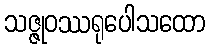
သဇ္ဇုဝဿရုပေါသထော